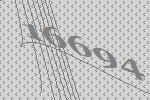
16694